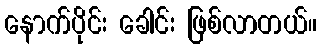
နောက်ပိုင်း ခေါင်း ဖြစ်လာတယ်။